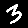
Digit: 3